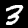
Label: 3